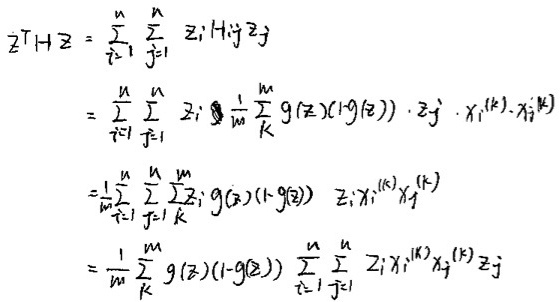
\[
\begin{align*}
\mathbf{z}^T\mathbf{H}\mathbf{z}&=\sum_{i = 1}^{n}\sum_{j = 1}^{n}z_iH_{ij}z_j\\
&=\sum_{i = 1}^{n}\sum_{j = 1}^{n}z_i\left(\frac{1}{m}\sum_{k}^{m}g(\mathbf{z})(1 - g(\mathbf{z}))\right)z_j\cdot x_i^{(k)}x_j^{(k)}\\
&=\frac{1}{m}\sum_{i = 1}^{n}\sum_{j = 1}^{n}\sum_{k}^{m}z_ig(\mathbf{z})(1 - g(\mathbf{z}))z_ix_i^{(k)}x_j^{(k)}\\
&=\frac{1}{m}\sum_{k}^{m}g(\mathbf{z})(1 - g(\mathbf{z}))\sum_{i = 1}^{n}\sum_{j = 1}^{n}z_ix_i^{(k)}x_j^{(k)}z_j
\end{align*}
\]